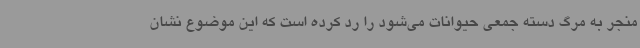
منجر به مرگ دسته جمعی حیوانات می‌شود را رد کرده است که این موضوع نشان